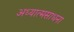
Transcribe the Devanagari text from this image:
अध्यात्मसाधना